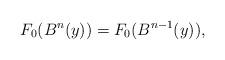
LaTeX: \begin{align*} {F}_0(B^n(y))= {F}_0(B^{n-1}(y)),\end{align*}